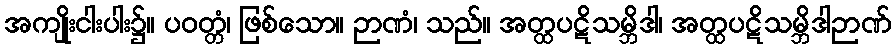
အကျိုးငါးပါး၌။ ပဝတ္တံ၊ ဖြစ်သော။ ဉာဏံ၊ သည်။ အတ္ထပဋိသမ္ဘိဒါ၊ အတ္ထပဋိသမ္ဘိဒါဉာဏ်